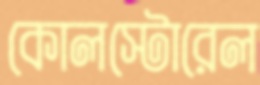
কোলস্টোরেল